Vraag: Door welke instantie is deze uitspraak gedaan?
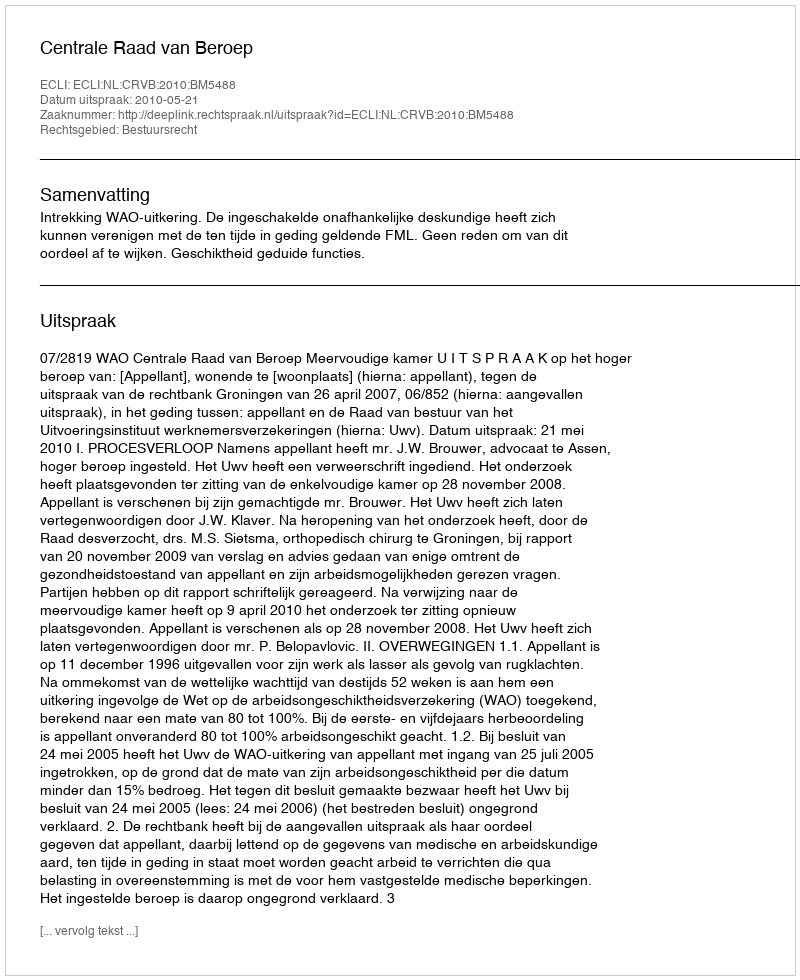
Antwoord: Centrale Raad van Beroep